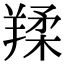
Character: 𦎤